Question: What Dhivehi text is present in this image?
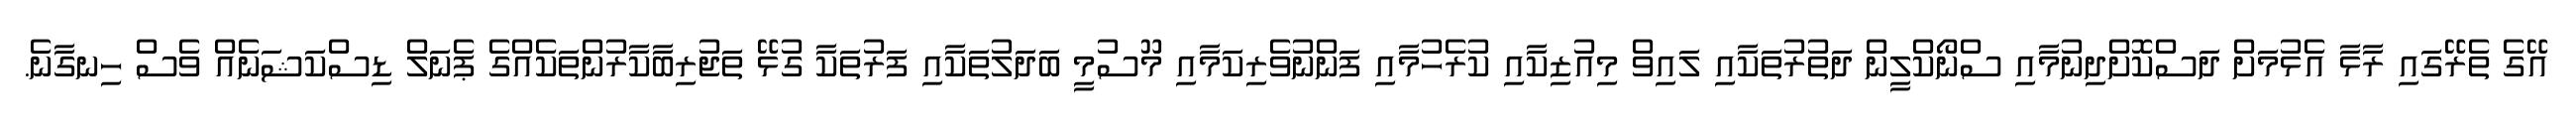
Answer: އޭގެ ތެރޭގައި ރާޅާ އެޅުމަށް ދަސްކޮށްދިނުމާއި ސްނޯކްލީން ދަތުރުތަކާއި ލައިވް މިއުޒިކާއި ކުރެހުމާއި ފަންނުވެރިކަމާއި މޫސުމީ ބަދަލުތަކާއި ފަރުތަކާ ގުޅޭ ތަޖުރިބާކާރުންތަކެއްގެ ޕެނަލް ޑިސްކަޝަނެއް ވެސް ހިނގާނެ.